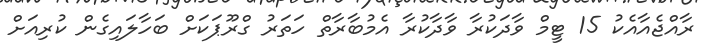
ރާއްޖެއާއެކު 15 ޓީމް ވާދަކުރާ ވާދާކުރާ އެމުބާރާތް ހަތަރު ގްރޫޕަކަށް ބަހާލައިގެން ކުރިއަށް